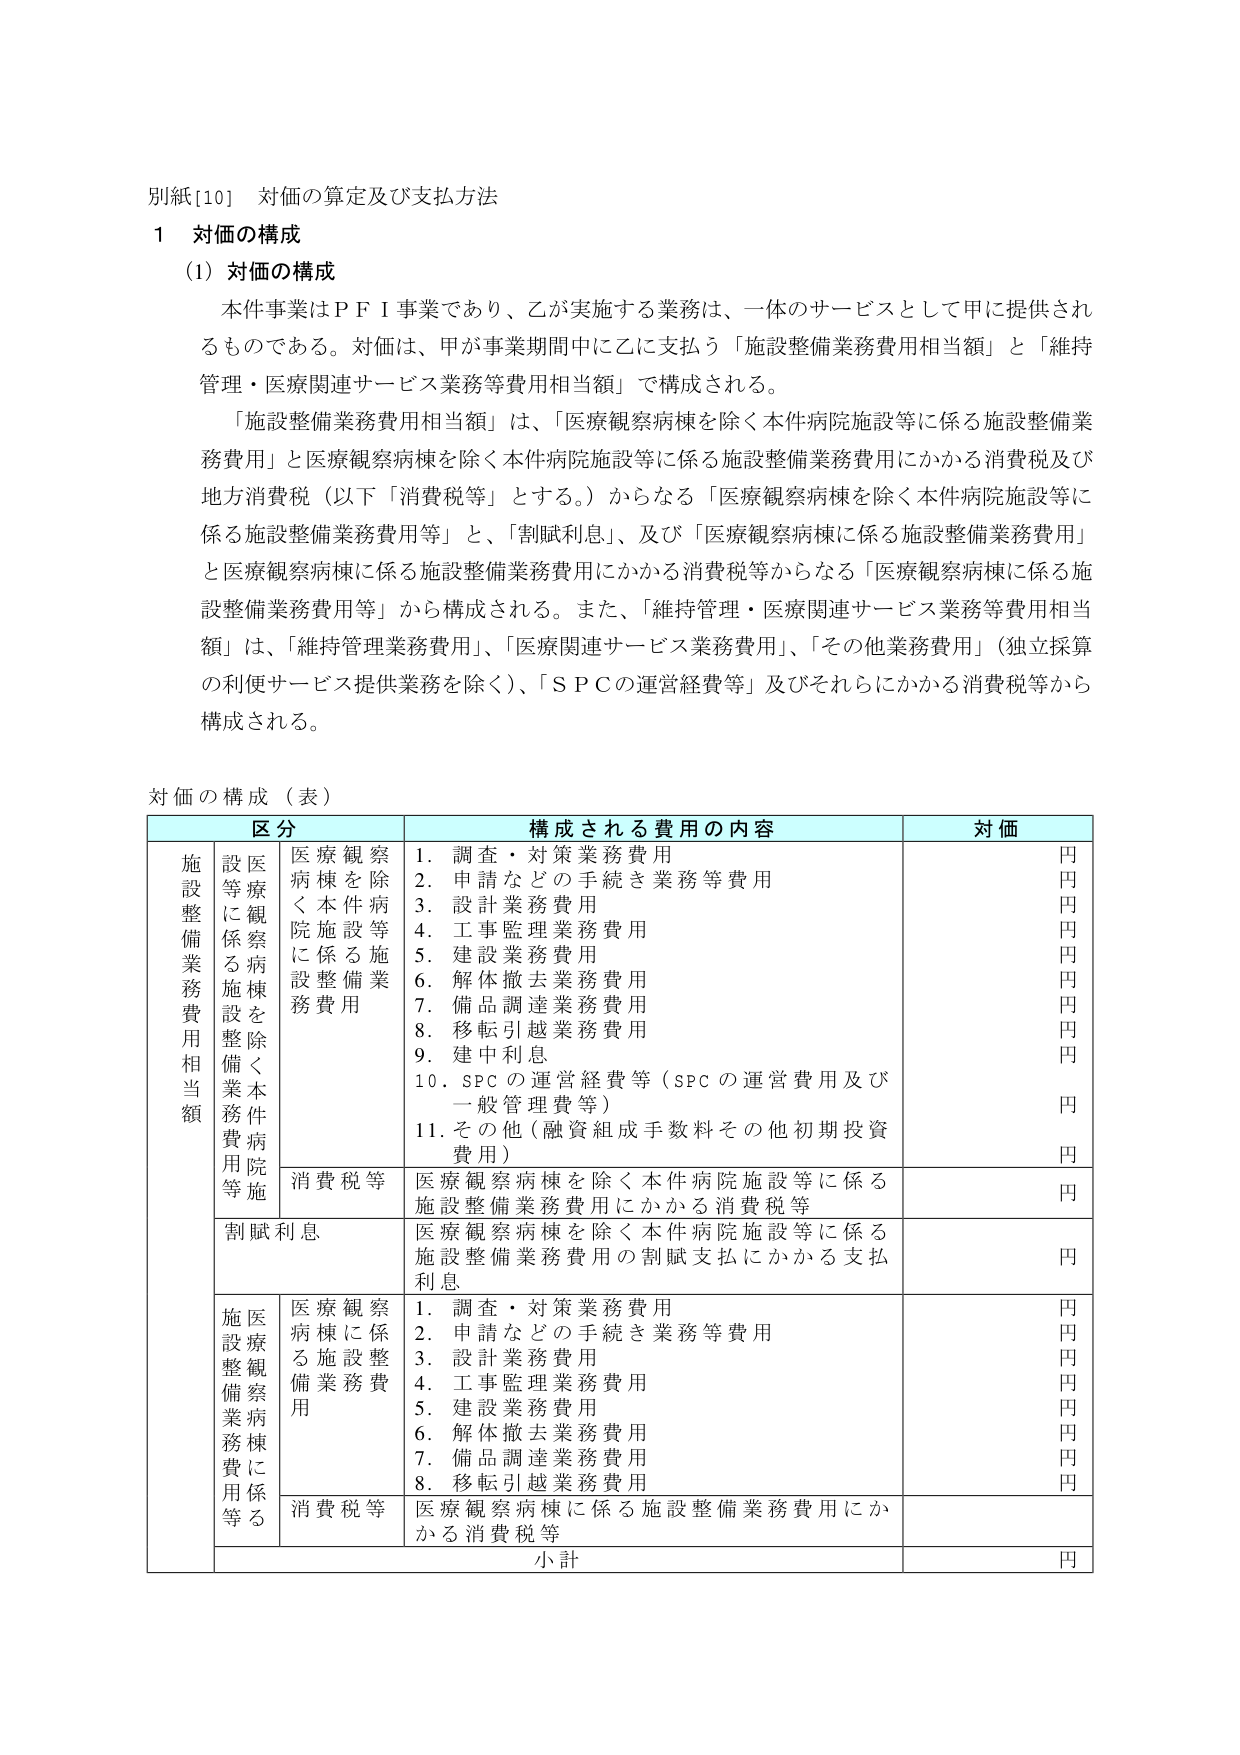
別紙[10] 対価の算定及び支払方法

1 対価の構成

(1) 対価の構成

本件事業はＰＦＩ事業であり、乙が実施する業務は、一体のサービスとして甲に提供されるものである。対価は、甲が事業期間中に乙に支払う「施設整備業務費用相当額」と「維持管理・医療関連サービス業務等費用相当額」で構成される。

「施設整備業務費用相当額」は、「医療観察病棟を除く本件病院施設等に係る施設整備業務費用」と医療観察病棟を除く本件病院施設等に係る施設整備業務費用にかかる消費税及び地方消費税（以下「消費税等」とする。）からなる「医療観察病棟を除く本件病院施設等に係る施設整備業務費用等」と、「割賦利息」、及び「医療観察病棟に係る施設整備業務費用」と医療観察病棟に係る施設整備業務費用にかかる消費税等からなる「医療観察病棟に係る施設整備業務費用等」から構成される。また、「維持管理・医療関連サービス業務等費用相当額」は、「維持管理業務費用」、「医療関連サービス業務費用」、「その他業務費用」（独立採算の利便サービス提供業務を除く）、「ＳＰＣの運営経費等」及びそれらにかかる消費税等から構成される。

対価の構成（表）

区分 構成される費用の内容 対価

施設整備業務費用相当額
　　医療観察病棟を除く本件病院施設等に係る施設整備業務費用
　　　1. 調査・対策業務費用
　　　2. 申請などの手続き業務等費用
　　　3. 設計業務費用
　　　4. 工事監理業務費用
　　　5. 建設業務費用
　　　6. 解体撤去業務費用
　　　7. 備品調達業務費用
　　　8. 移転引越業務費用
　　　9. 建中利息
　　　10. SPCの運営経費等（SPCの運営費用及び一般管理費等）
　　　11. その他（融資組成手数料その他初期投資費用）
　　　消費税等 医療観察病棟を除く本件病院施設等に係る施設整備業務費用にかかる消費税等
　　　割賦利息 医療観察病棟を除く本件病院施設等に係る施設整備業務費用の割賦支払にかかる支払利息
　　医療観察病棟に係る施設整備業務費用
　　　1. 調査・対策業務費用
　　　2. 申請などの手続き業務等費用
　　　3. 設計業務費用
　　　4. 工事監理業務費用
　　　5. 建設業務費用
　　　6. 解体撤去業務費用
　　　7. 備品調達業務費用
　　　8. 移転引越業務費用
　　　消費税等 医療観察病棟に係る施設整備業務費用にかかる消費税等
　　　小計

円
円
円
円
円
円
円
円
円
円
円
円
円
円
円
円
円
円
円
円
円
円
円
円
円
円
円
円
円
円